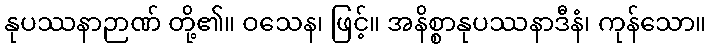
နုပဿနာဉာဏ် တို့၏။ ဝသေန၊ ဖြင့်။ အနိစ္စာနုပဿနာဒီနံ၊ ကုန်သော။